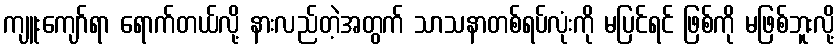
ကျူးကျော်ရာ ရောက်တယ်လို့ နားလည်တဲ့အတွက် သာသနာတစ်ရပ်လုံးကို မပြင်ရင် ဖြစ်ကို မဖြစ်ဘူးလို့